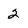
Character: 2